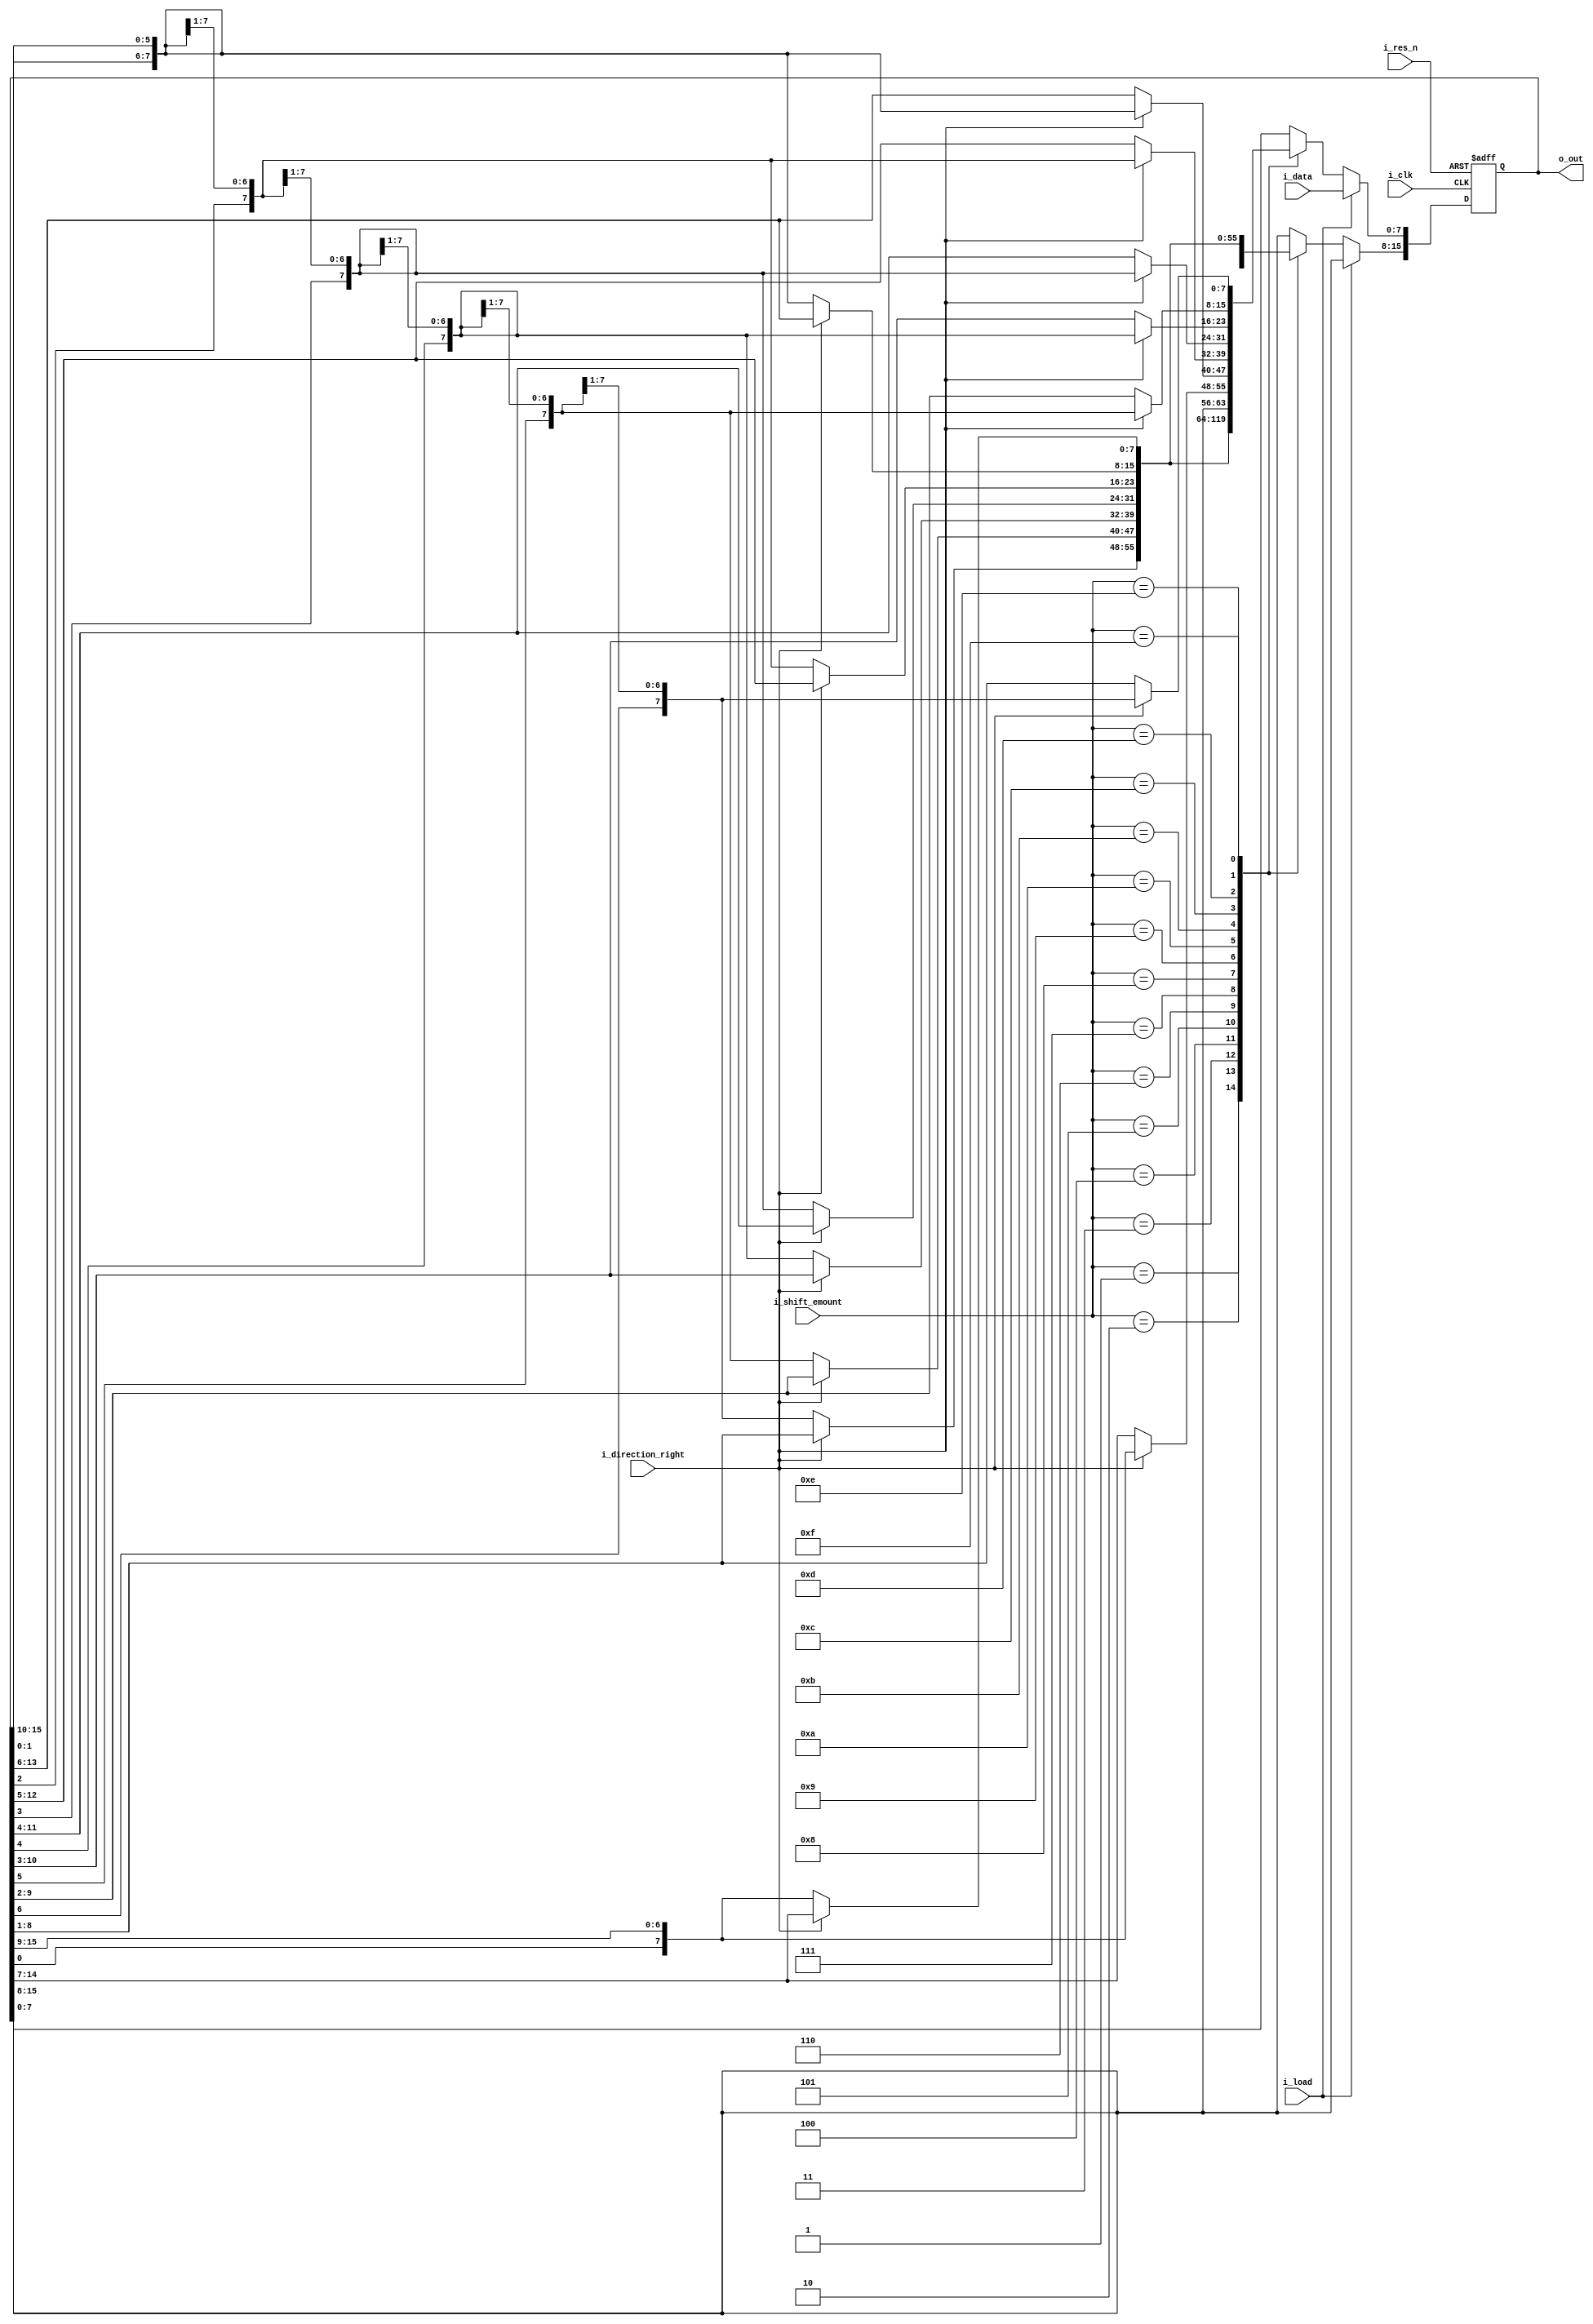
module BarrelShiftRegister(o_out, i_clk, i_load, i_res_n, i_direction_right, i_data, i_shift_emount);
input i_clk, i_load, i_res_n, i_direction_right; 
input [7:0] i_data;
input [3:0] i_shift_emount;
output reg [15:0] o_out;

always@ (posedge i_clk, negedge i_res_n)begin
	if (~i_res_n)
		o_out <= 16'b0;
	else if (i_load) 
		o_out[7:0] <= i_data[7:0];
	else begin
		case(i_shift_emount)
			4'd1:
			if(i_direction_right)begin
			 o_out <= {o_out[0], o_out[15:1]};
			 end else begin
			 o_out <= {o_out[14:0], o_out[15]};
			end
			4'd2:
			if(i_direction_right)begin
			 o_out <= {o_out[1:0], o_out[15:2]};
			 end else begin
			 o_out <= {o_out[13:0], o_out[15:14]};
			end
			4'd3:
			if(i_direction_right)begin
			 o_out <= {o_out[2:0], o_out[15:3]};
			 end else begin
			 o_out <= {o_out[12:0], o_out[15:13]};
			end
			4'd4:
			if(i_direction_right)begin
			 o_out <= {o_out[3:0], o_out[15:4]};
			 end else begin
			 o_out <= {o_out[11:0], o_out[15:12]};
			end
			4'd5:
			if(i_direction_right)begin
			 o_out <= {o_out[4:0], o_out[15:5]};
			 end else begin
			 o_out <= {o_out[10:0], o_out[15:11]};
			end
			4'd6:
			if(i_direction_right)begin
			 o_out <= {o_out[5:0], o_out[15:6]};
			 end else begin
			 o_out <= {o_out[9:0], o_out[15:10]};
			end
			4'd7:
			if(i_direction_right)begin
			 o_out <= {o_out[6:0], o_out[15:7]};
			 end else begin
			 o_out <= {o_out[8:0], o_out[15:9]};
			end
			4'd8:
			if(i_direction_right)begin
			 o_out <= {o_out[7:0], o_out[15:8]};
			 end else begin
			 o_out <= {o_out[7:0], o_out[15:8]};
			end
			4'd9:
			if(i_direction_right)begin
			 o_out <= {o_out[8:0], o_out[15:9]};
			 end else begin
			 o_out <= {o_out[6:0], o_out[15:7]};
			end
			4'd10:
			if(i_direction_right)begin
			 o_out <= {o_out[9:0], o_out[15:10]};
			 end else begin
			 o_out <= {o_out[5:0], o_out[15:6]};
			end
			4'd11:
			if(i_direction_right)begin
			 o_out <= {o_out[10:0], o_out[15:11]};
			 end else begin
			 o_out <= {o_out[4:0], o_out[15:5]};
			end
			4'd12:
			if(i_direction_right)begin
			 o_out <= {o_out[11:0], o_out[15:12]};
			 end else begin
			 o_out <= {o_out[3:0], o_out[15:4]};
			end
			4'd13:
			if(i_direction_right)begin
			 o_out <= {o_out[12:0], o_out[15:13]};
			 end else begin
			 o_out <= {o_out[2:0], o_out[15:3]};
			end
			4'd14:
			if(i_direction_right)begin
			 o_out <= {o_out[13:0], o_out[15:14]};
			 end else begin
			 o_out <= {o_out[1:0], o_out[15:2]};
			end
			4'd15:
			if(i_direction_right)begin
			 o_out <= {o_out[14:0], o_out[15]};
			 end else begin
			 o_out <= {o_out[0], o_out[15:1]};
			end
		endcase
	end
end
endmodule